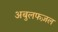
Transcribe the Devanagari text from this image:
अबुलफज़ल